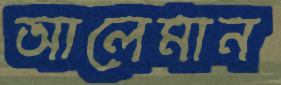
আলেমান